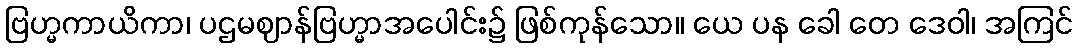
ဗြဟ္မကာယိကာ၊ ပဌမဈာန်ဗြဟ္မာအပေါင်း၌ ဖြစ်ကုန်သော။ ယေ ပန ခေါ တေ ဒေဝါ၊ အကြင်